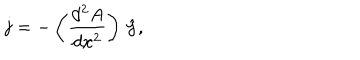
LaTeX: { \bf j } = - \left( { \frac { d ^ { 2 } A } { d x ^ { 2 } } } \right) \, { \hat { \bf y } } ,